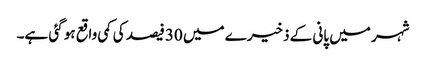
شہر میں پانی کے ذخیرے میں 30 فیصد کی کمی واقع ہو گئی ہے۔